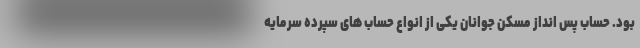
بود. حساب پس انداز مسکن جوانان یکی از انواع حساب های سپرده سرمایه